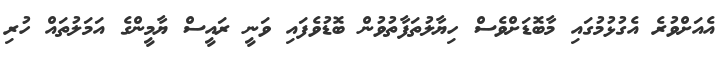
އެއަށްވުރެ އެގުޅުމުގައި މާބޮޑަށްވެސް ހިޔާލުތަފާތުވުން ބޮޑުވެފައި ވަނީ ރައީސް ޔާމީންގެ އަމަލުތައް ހުރި